Report on the working of the Ranchi Indian Mental Hospital, Kanke, in Bihar and Orissa - 1930-1940
Year: 1930
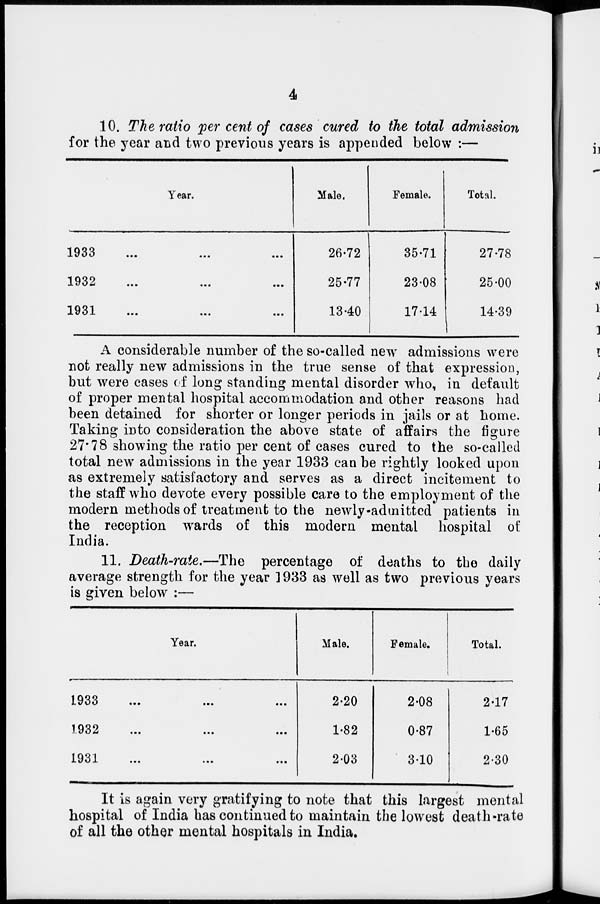
4
10. The ratio per cent of cases cured to the total admission
for the year and two previous years is appended below :—
Year.
1933
...
...
...
1932
...
...
...
1931
...
...
...
Male.
26.72
25.77
13.40
Female.
35.71
23.08
17.14
Total.
27.78
25.00
14.39
A considerable number of the so-called new admissions were
not really new admissions in the true sense of that expression,
but were cases of long standing mental disorder who, in default
of proper mental hospital accommodation and other reasons had
been detained for shorter or longer periods in jails or at home.
Taking into consideration the above state of affairs the figure
27.78 showing the ratio per cent of cases cured to the so-called
total new admissions in the year 1933 can be rightly looked upon
as extremely satisfactory and serves as a direct incitement to
the staff who devote every possible care to the employment of the
modern methods of treatment to the newly-admitted patients in
the reception wards of this modern mental hospital of
India.
11. Death-rate.—The percentage of deaths to the daily
average strength for the year 1933 as well as two previous years
is given below :—
Year.
1933
...
...
...
1931
...
...
...
1931
...
...
...
Male.
2.20
1.82
2.03
Female.
2.08
0.87
3.10
Total.
2.17
1.65
2.30
It is again very gratifying to note that this largest mental
hospital of India has continued to maintain the lowest death-rate
of all the other mental hospitals in India.